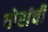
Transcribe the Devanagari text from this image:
पोरांची